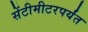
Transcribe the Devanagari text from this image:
सेंटीमीटरपर्यंत